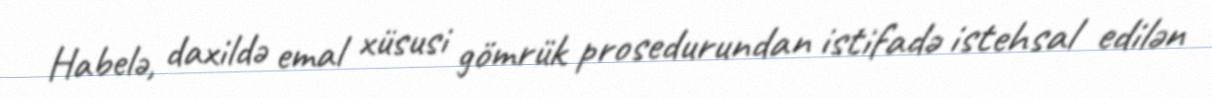
Habelə, daxildə emal xüsusi gömrük prosedurundan istifadə istehsal edilən